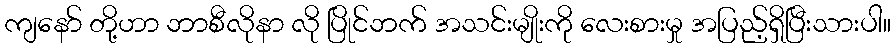
ကျနော် တို့ဟာ ဘာစီလိုနာ လို ပြိုင်ဘက် အသင်းမျိုးကို လေးစားမှု အပြည့်ရှိပြီးသားပါ။